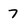
Character: 7